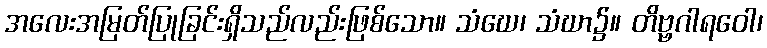
အလေးအမြတ်ပြုခြင်းရှိသည်လည်းဖြစ်သော။ သံဃေ၊ သံဃာ၌။ တိဗ္ဗဂါရဝေါ၊